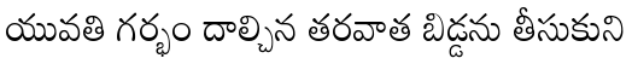
యువతి గర్భం దాల్చిన తరవాత బిడ్డను తీసుకుని